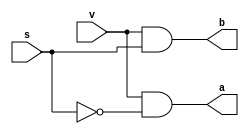
`timescale 1ns / 1ps
//////////////////////////////////////////////////////////////////////////////////
// Company: 
// Engineer: 
// 
// Design Name: 
// Module Name:    eight_code 
// Project Name: 
// Target Devices: 
// Tool versions: 
// Description: 
//
// Dependencies: 
//
// Revision: 
// Revision 0.01 - File Created
// Additional Comments: 
//
//////////////////////////////////////////////////////////////////////////////////
module two_code(v,s,a,b);
input v,s;
output a,b;
wire a1,a2;
and g1(a,v,~s);
and g2(b,v,s);

endmodule
module four_code(v,s1,s2,a,b,c,d);
input v,s1,s2;
output a,b,c,d;
wire a1,a2;
two_code g1(v,s2,a1,a2);
two_code g2(a1,s1,a,b);
two_code g3(a2,s1,c,d);
endmodule
module eight_code(v,s1,s2,s3,a1,a2,a3,a4,a5,a6,a7,a8);
input v,s1,s2,s3;
output a1,a2,a3,a4,a5,a6,a7,a8;
wire b1,b2;
two_code g1(v,s3,b1,b2);
four_code g2(b1,s1,s2,a1,a2,a3,a4);
four_code g3(b2,s1,s2,a5,a6,a7,a8);
endmodule